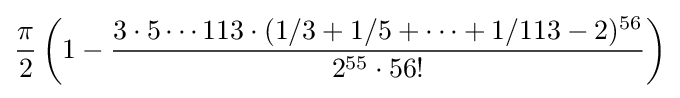
{\frac {\pi }{2}}\left(1-{\frac {3\cdot 5\cdots 113\cdot (1/3+1/5+\dots +1/113-2)^{56}}{2^{55}\cdot 56!}}\right)